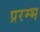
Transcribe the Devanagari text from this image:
प्ररम्भ